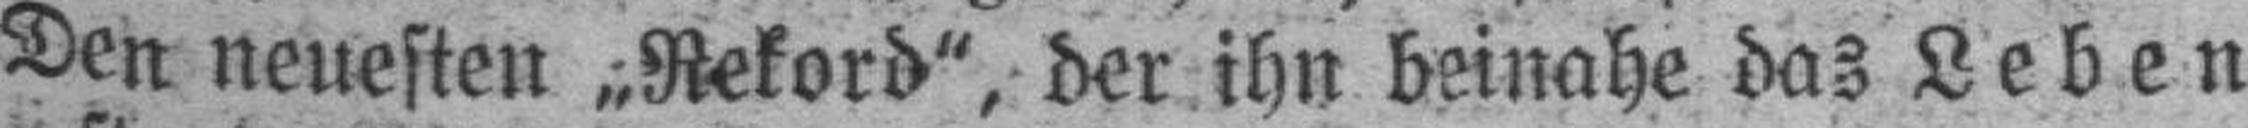
Den neuesten „Rekord“, der ihn beinahe das Leben